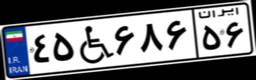
۴۵W۶۸۶۵۶